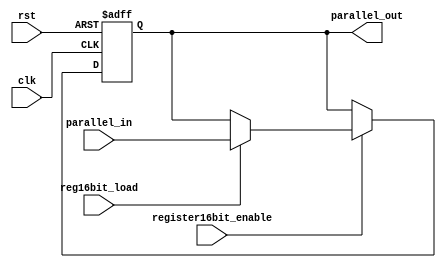
module register16bit(input[15:0] parallel_in, input clk, rst, register16bit_enable,reg16bit_load, output reg [15:0] parallel_out);
always @(posedge clk or posedge rst) begin
        if (rst)
            parallel_out <= 16'b0000000000000000; // Reset to 0
        else if (register16bit_enable) begin
            if (reg16bit_load)
                parallel_out <= parallel_in; // Load data_in
        end
    end
endmodule